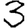
Digit: 3